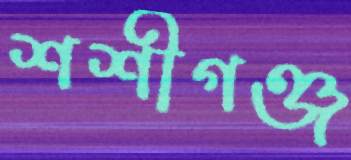
শশীগঞ্জ